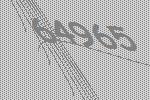
64965